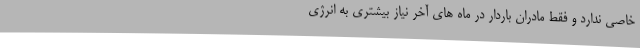
خاصی ندارد و فقط مادران باردار در ماه های آخر نیاز بیشتری به انرژی